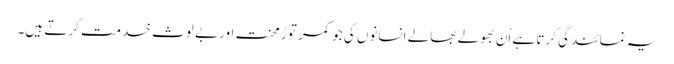
یہ نمائندگی کرتا ہے اُن بھولے بھالے انسانوں کی جو کمر توڑ محنت اور بے لوث خدمت کرتے ہیں۔